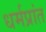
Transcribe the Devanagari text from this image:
धर्मप्रांत